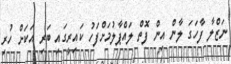
ނަޒްލާ ފާހަގަ ލާން އިން ފޮތް ލައްޕާލުމަށްފަހު ކައިރީގައި ބަރި އަކަށް ހުރި